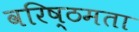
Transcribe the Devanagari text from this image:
वरिष्ठमता